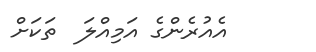
އެއުރެންގެ އަމިއްލަ  ތަކަށް